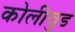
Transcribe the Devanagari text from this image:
कोलीवुड